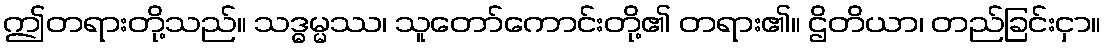
ဤတရားတို့သည်။ သဒ္ဓမ္မဿ၊ သူတော်ကောင်းတို့၏ တရား၏။ ဌိတိယာ၊ တည်ခြင်းငှာ။